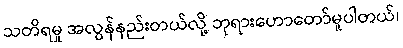
သတိရမှု အလွန်နည်းတယ်လို့ ဘုရားဟောတော်မူပါတယ်၊